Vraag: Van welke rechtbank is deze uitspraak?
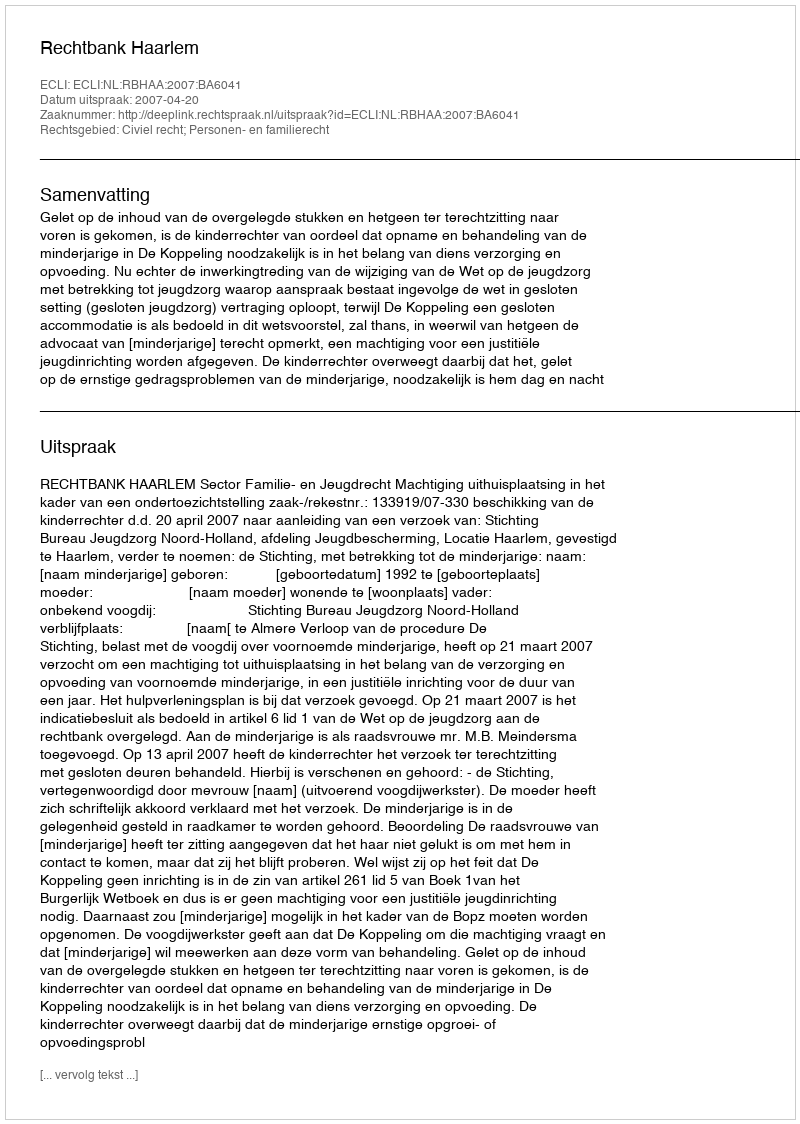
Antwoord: Rechtbank Haarlem